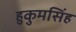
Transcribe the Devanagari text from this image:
हुकुमसिंह